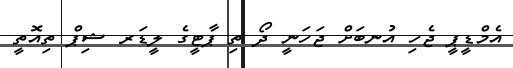
އެމްޑީޕީ ޖެހި އުނބަށް ޖަހަނީ ދޯ ތި ޕާޓީގެ ލީޑަރ ޝިޕް ތިއޮތީ